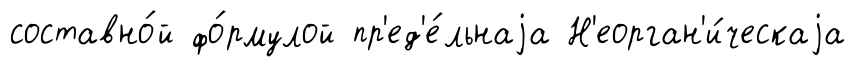
составно́й фо́рмулой пр'ед'е́льнаjа Н'еорган'и́ческаjа